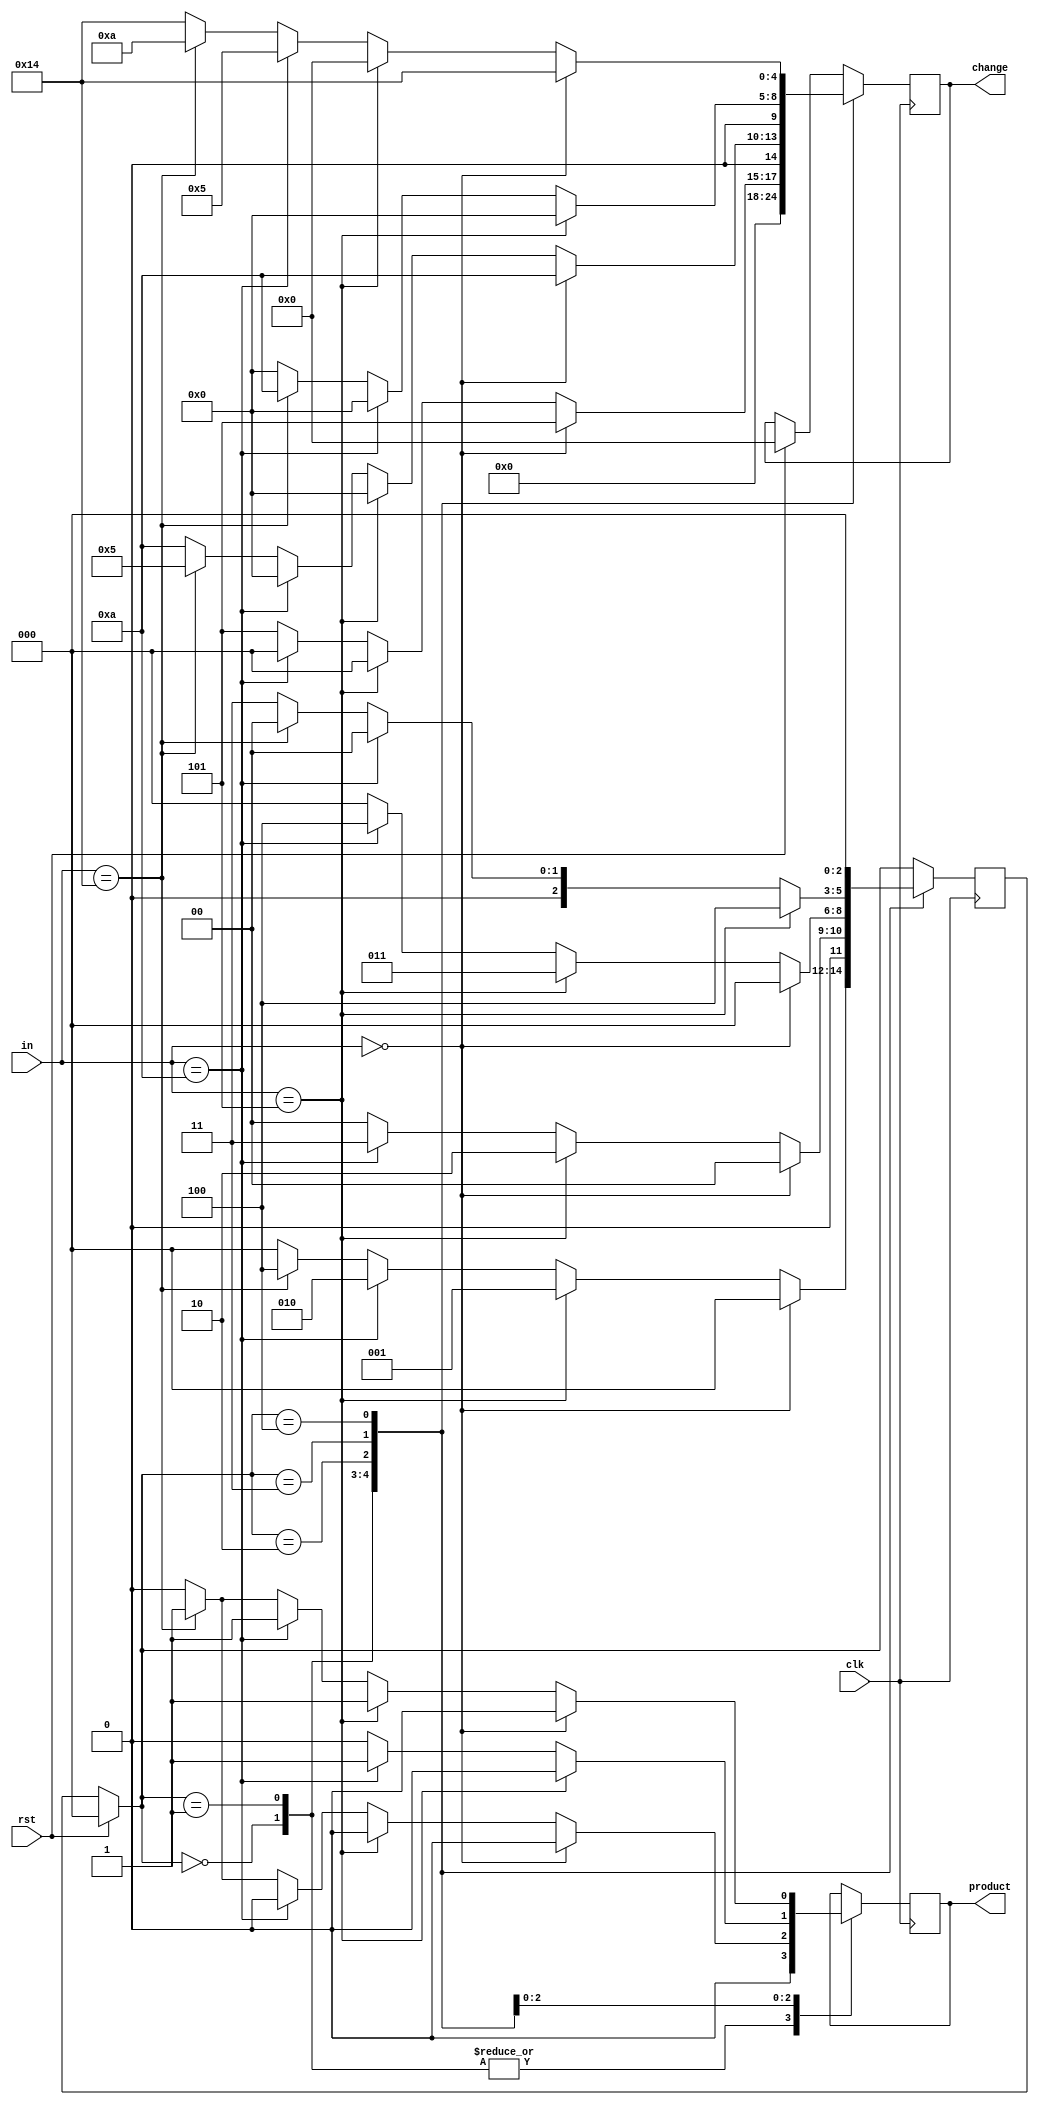
module vending_machine(clk,rst,in,change,product);
  input clk,rst;
  input [4:0] in;
  output reg [4:0] change; //to return money
  output reg product; //one product having price 25
  
  reg [9:0] money; //store money
  reg [2:0] presentstate, nextstate;
  
  parameter S0=0, S5=1, S10=2, S15=3, S20=4;
  //only 5, 10 and 20 coin are allowed
  
  initial money=0;
  initial change=0;
  
  always@(posedge clk)
    begin
      
      if(rst)
        begin
          presentstate = 0;
          nextstate = 0;
          change = 0;
        end
      
      else 
        presentstate = nextstate;
          
          case(presentstate)
            
            S0 : 
              begin
                
                //if user paid some amount but that is not equal to or 
                //more than product price then vending machine return back paid money
                
                if(!in) 
                  begin
                    product = 0;
                    change = 0;
                    nextstate = S0;
                    money=money;
                  end
                
                else if(in == 5'd5)
                  begin
                    product = 0;
                    change = 0;
                    nextstate = S5;
                    money=money+5;
                  end
                
                else if(in == 5'd10)
                  begin
                    product = 0;
                    change = 0;
                    nextstate = S10;
                    money=money+10;
                  end
                
                else if(in == 5'd20)
                  begin
                    product = 0;
                    change = 0;
                    nextstate = S20;
                    money=money+20;
                  end
                
                else 
                  begin
                    product = 0;
                    change = 0;
                    nextstate = S0;
                    money=money;
                  end
              end
            
            S5 :
              begin
                
                if(!in) 
                  begin 
                    product = 0;
                    change = 5;
                    nextstate = S0;
                    money=money-5;
                  end
                
                else if(in == 5'd5)
                  begin
                    product = 0;
                    change = 0;
                    nextstate = S10;
                    money=money+5;
                  end
                
                else if(in == 5'd10)
                  begin
                    product = 0;
                    change = 0;
                    nextstate = S15;
                    money=money+10;
                  end
                
                else 
                  begin
                    product = 0;
                    change = 5;
                    nextstate = S0;
                    money=money-5;
                  end
              end
                
            
            S10 :
              begin
                
                if(!in)
                  begin
                    product = 0;
                    change = 10;
                    nextstate = S0;
                    money=money-10;
                  end
                
                else if(in == 5'd5)
                  begin
                    product = 0;
                    change = 0;
                    nextstate = S15;
                    money=money+5;
                  end
                
                else if(in == 5'd10)
                  begin
                    product = 0;
                    change = 0;
                    nextstate = S20;
                    money=money+10;
                  end
                
                else if(in == 5'd20)
                  begin
                    product = 1;
                    change = 5;   //total amount - price of product = 30 - 25 = 5
                    nextstate = S0;
                    money=money+15; //added money - change : 20 - 5 = 15
                  end
                
                else
                  begin
                    product = 0;
                    change = 10;
                    nextstate = S0;
                    money=money-10;
                  end
              end
            
            S15 :
              begin
                
                if(in == 5'd5)
                  begin
                    product = 0;
                    change = 0;
                    nextstate = S20;
                    money=money+5;
                  end
                
                else if(in == 5'd10)
                  begin
                    product = 1;
                    change = 0;
                    nextstate = S0;
                    money=money+10;
                  end
                
                else if(in == 5'd20)
                  begin
                    product = 0;
                    money=money+10; //new money added - change : 20 - 10 = 10
                    change = 10; //total amount - price of product = 35 - 25 = 10
                    nextstate = S0;
                  end
                else 
                  begin
                    product = 0;
                    change = 0;
                    nextstate = S15;
                    money=money;
                  end
              end
            
            S20 : 
              begin
                
                if(!in)
                  begin
                    product = 0;
                    change = 20;
                    nextstate = S0;
                    money=money-20;
                  end
                
                else if(in == 5'd5)
                  begin
                    product = 1;
                    change = 0;
                    nextstate = S0;
                    money=money+5;
                  end
                
                else if(in == 5'd10)
                  begin
                    product = 1;
                    change = 5;//total amount - price of product = 30 - 25 = 5
                    nextstate = S0;
                    money=money+5; //added money - change : 10 - 5 = 5
                  end
                
                else if(in == 5'd20)
                  begin
                    product = 1;
                    nextstate = S0;
                    money=money+5; //added money - change : 20 - 15 = 5
                    change = 5;  //total amount - price of product 
                    #1;          //40 - 25 = 15; change = 15
                    change = 10;
                  end
                
                else
                  begin
                    product = 0;
                    change = 20;
                    nextstate = S0;
                    money=money-20;
                  end
              end
          endcase
        
    end
endmodule